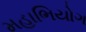
મહાભિયોગ